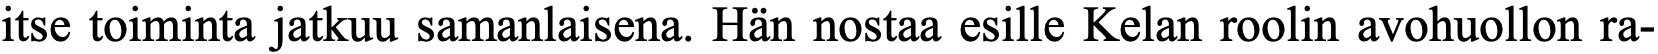
itse toiminta jatkuu samanlaisena. Hän nostaa esille Kelan roolin avohuollon ra-